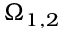
\Omega _ { 1 , 2 }